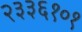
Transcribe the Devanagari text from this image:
२३३६१०१